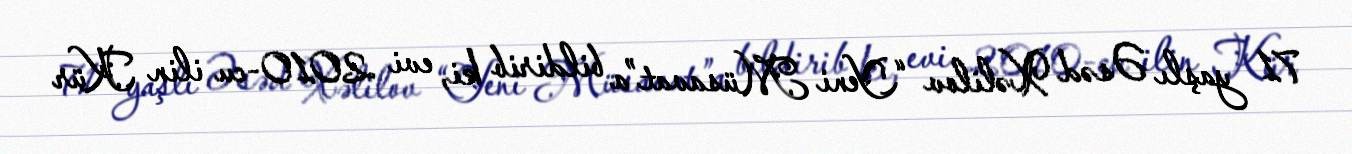
71 yaşlı Əsəd Xəlilov “Yeni Müsavat”a bildirib ki, evi 2010-cu ilin Kür